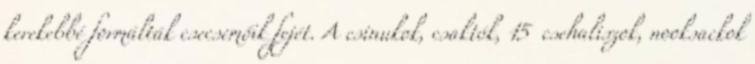
kerekebbé formálták csecsemőik fejét. A csinukok, csaktók, 15 csehaliszok, nooksackok